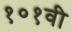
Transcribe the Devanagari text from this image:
१०१वी